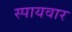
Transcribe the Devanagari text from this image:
स्पायवार